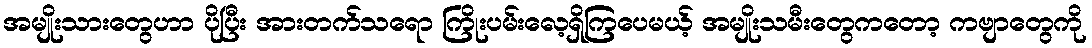
အမျိုးသားတွေဟာ ပိုပြီး အားတက်သရော ကြိုးပမ်းလေ့ရှိကြပေမယ့် အမျိုးသမီးတွေကတော့ ကဗျာတွေကို